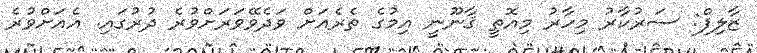
ޒާލިފް: ސަރުކާރު މިހާރު މިއޮތީ ޤާނޫނީ އިމުގެ ތެރެއަށް ވަދެވޭވަރަށްވުރެ ދުރުގައި. އެއަށްވުރެ